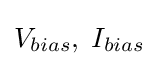
V_{bias},\;I_{bias}